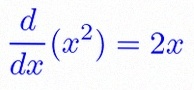
\frac{d}{dx}(x^2)=2x